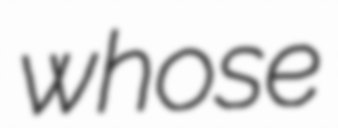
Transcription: whose